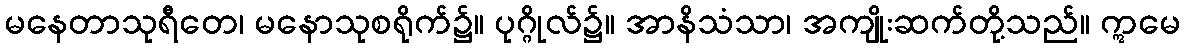
မနေတာသုရီတေ၊ မနောသုစရိုက်၌။ ပုဂ္ဂိုလ်၌။ အာနိသံသာ၊ အကျိုးဆက်တို့သည်။ ဣမေ